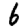
Digit: 6